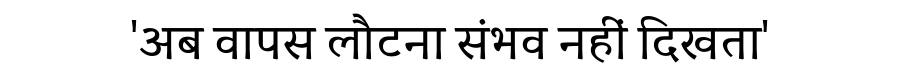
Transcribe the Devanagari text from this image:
'अब वापस लौटना संभव नहीं दिखता'